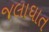
જલાઘાત